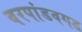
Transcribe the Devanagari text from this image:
वरपांडवगड